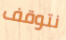
نتوقف